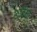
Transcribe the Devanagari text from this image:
शातेया